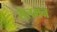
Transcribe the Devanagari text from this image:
सेलमन